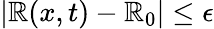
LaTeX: |\mathbb{R}(x,t)-\mathbb{R}_{0}|\leq\epsilon